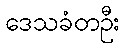
ဒေသခံတဦး